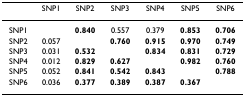
<table><thead><tr><td></td><td><b>SNP1</b></td><td><b>SNP2</b></td><td><b>SNP3</b></td><td><b>SNP4</b></td><td><b>SNP5</b></td><td><b>SNP6</b></td></tr></thead><tbody><tr><td>SNP1</td><td></td><td><b>0.840</b></td><td>0.557</td><td>0.379</td><td><b>0.853</b></td><td><b>0.706</b></td></tr><tr><td>SNP2</td><td>0.057</td><td></td><td><b>0.760</b></td><td><b>0.915</b></td><td><b>0.970</b></td><td><b>0.749</b></td></tr><tr><td>SNP3</td><td>0.031</td><td><b>0.532</b></td><td></td><td><b>0.834</b></td><td><b>0.831</b></td><td><b>0.729</b></td></tr><tr><td>SNP4</td><td>0.012</td><td><b>0.829</b></td><td><b>0.627</b></td><td></td><td><b>0.982</b></td><td><b>0.760</b></td></tr><tr><td>SNP5</td><td>0.052</td><td><b>0.841</b></td><td><b>0.542</b></td><td><b>0.843</b></td><td></td><td><b>0.788</b></td></tr><tr><td>SNP6</td><td>0.036</td><td><b>0.377</b></td><td><b>0.389</b></td><td><b>0.387</b></td><td><b>0.367</b></td><td></td></tr></tbody></table>